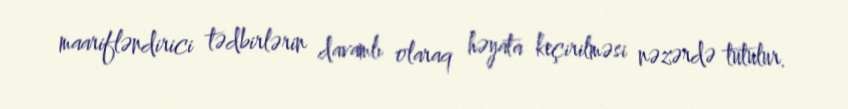
maarifləndirici tədbirlərin davamlı olaraq həyata keçirilməsi nəzərdə tutulur.